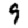
Digit: 9